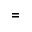
=